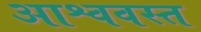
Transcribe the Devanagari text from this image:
आश्ववस्त